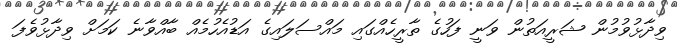
ވިދާޅުވުމުން ޝަރީއަތުން ވަނީ ފަހުގެ ތާރީހެއްގައި މައްސަލައިގެ އަޑުއެހުމެއް ބާއްވާނެ ކަމަށް ވިދާޅުވެފަ